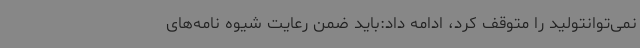
نمی‌توانتولید را متوقف کرد، ادامه داد:باید ضمن رعایت شیوه نامه‌های